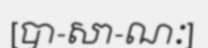
[បា-សា-ណៈ]